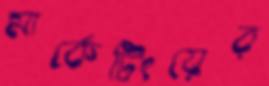
মার্কেটিংয়ের